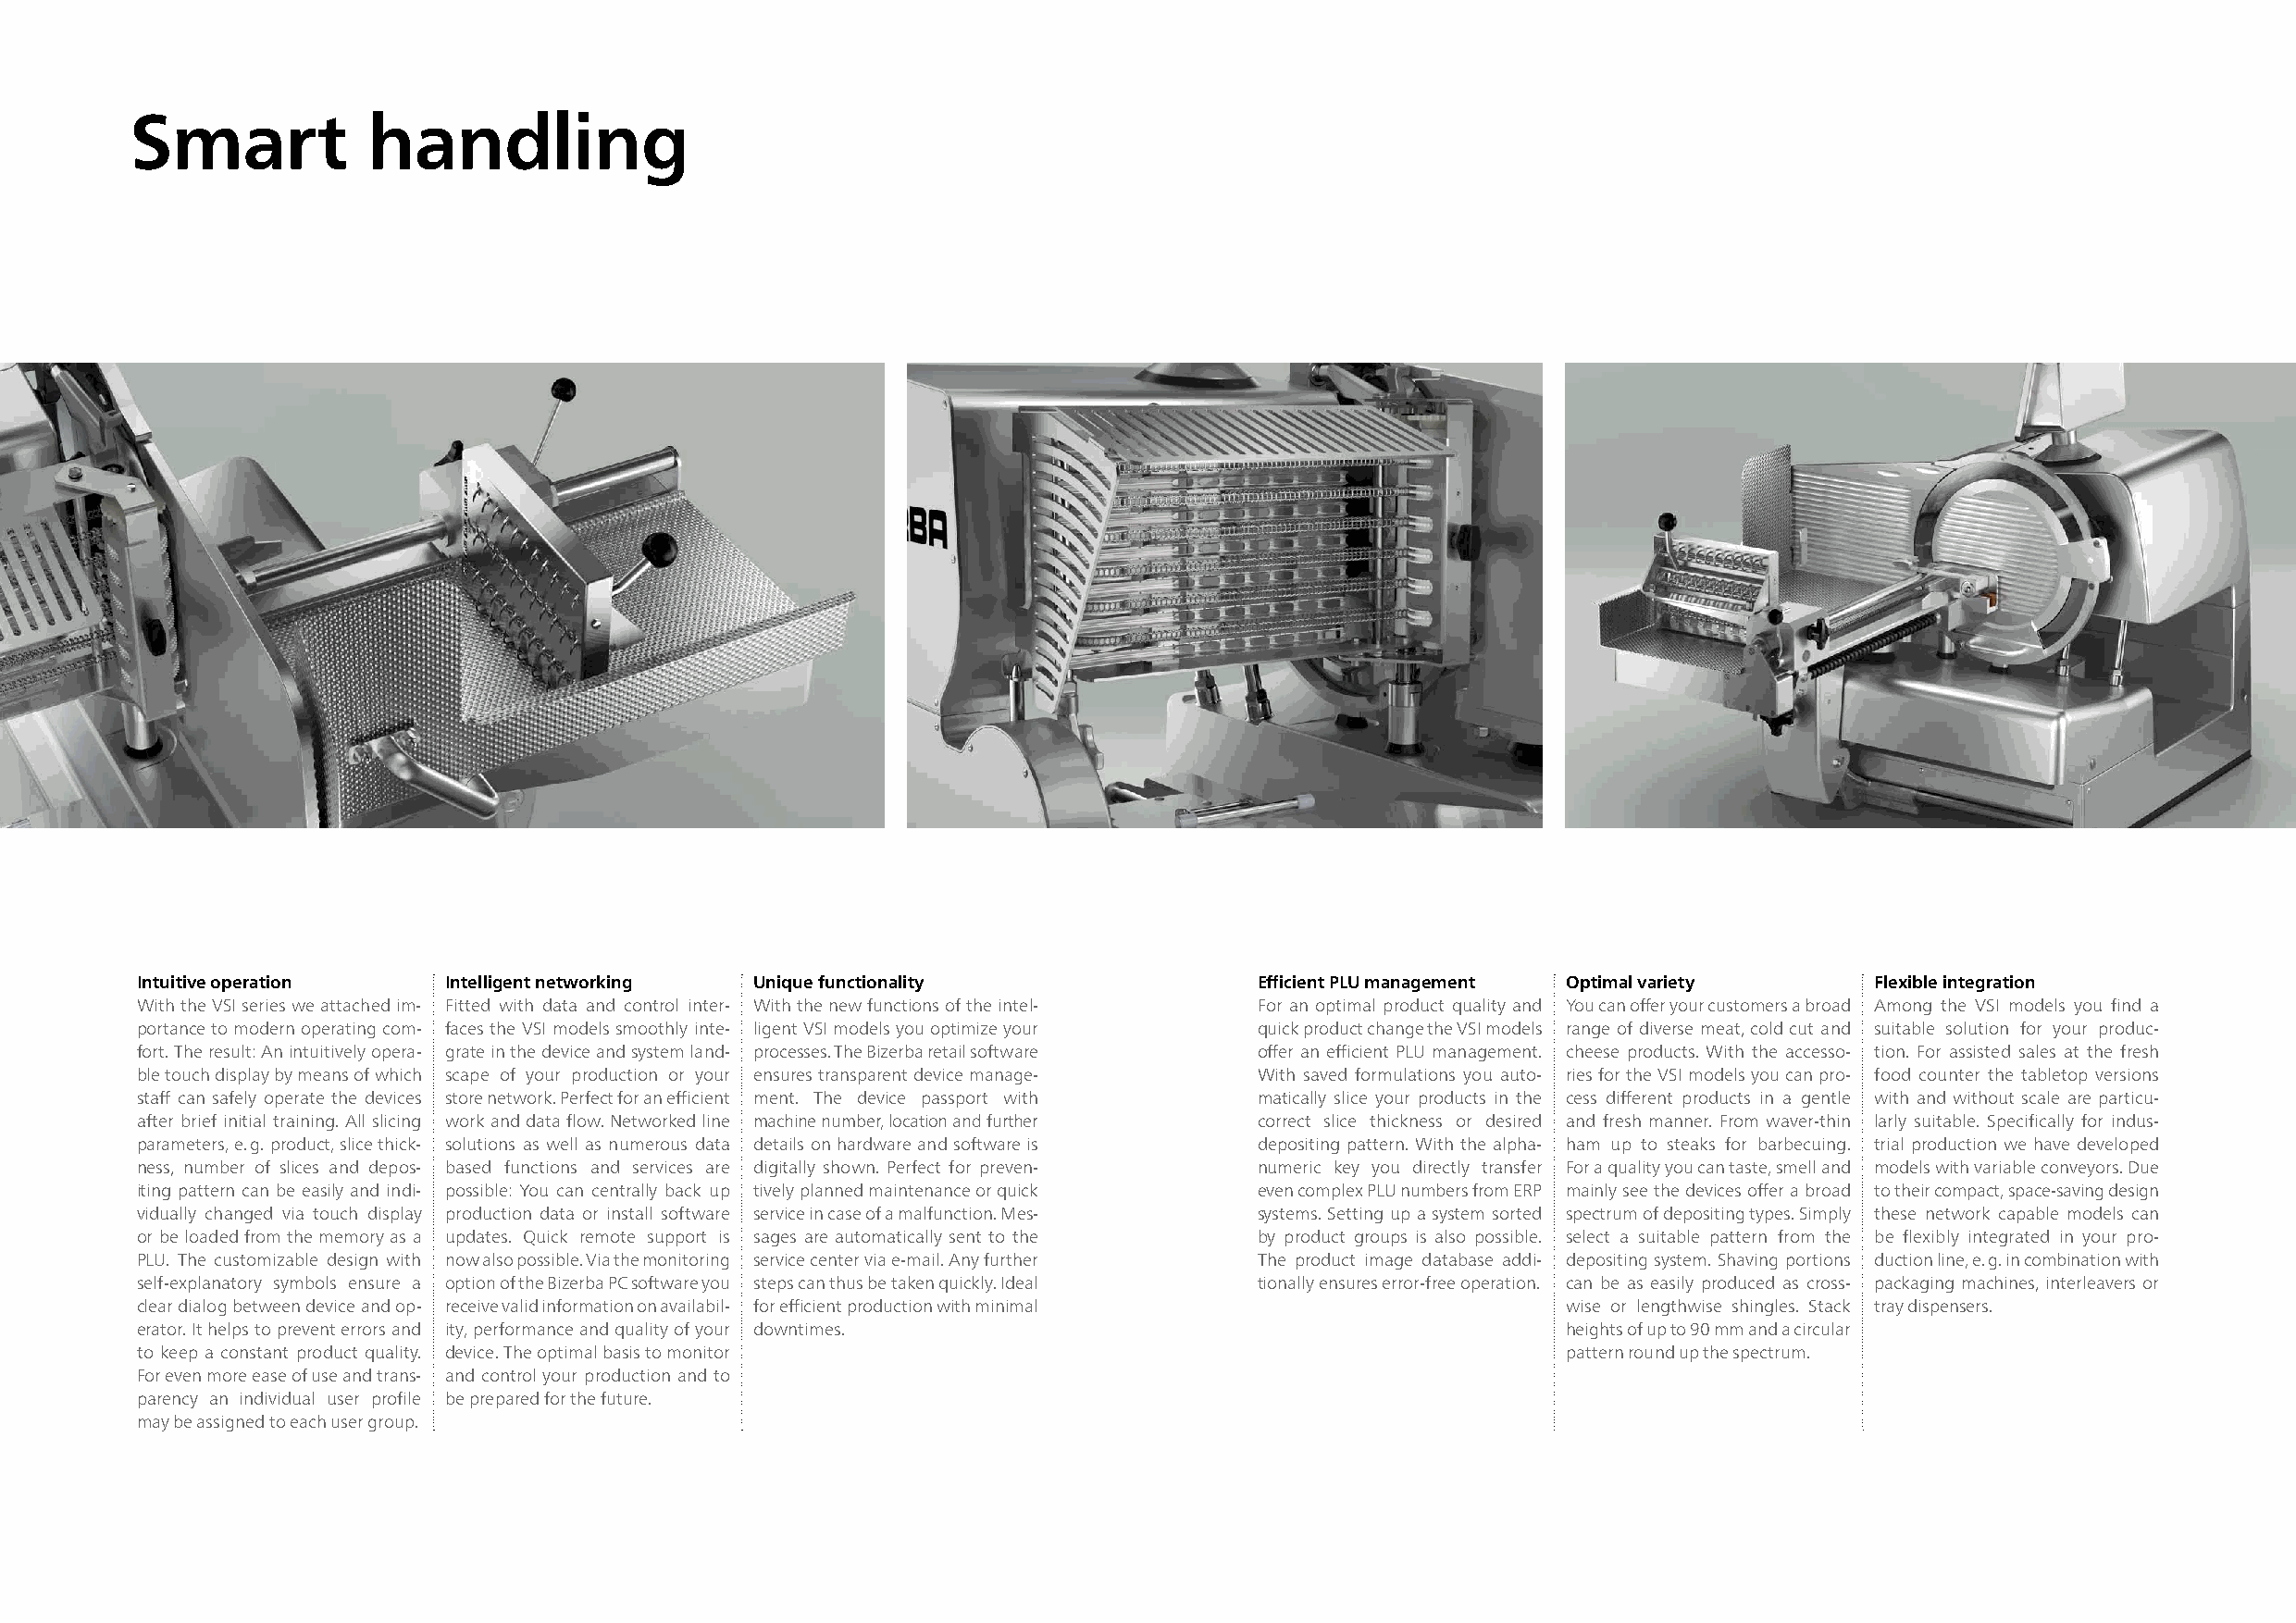
Smart            handling
 Intuitive operation   Intelligent networking Unique functionality               Efficient PLU management Optimal variety    Flexible integration
 With the VSI series we attached im- Fitted with data and control inter- With the new functions of the intel- For an optimal product quality and You can offer your customers a broad Among the VSI models you find a
 portance to modern operating com- faces the VSI models smoothly inte- ligent VSI models you optimize your quick product change the VSI models range of diverse meat, cold cut and suitable solution for your produc-
 fort. The result: An intuitively opera- grate in the device and system land- processes. The Bizerba retail software offer an efficient PLU management. cheese products. With the accesso- tion. For assisted sales at the fresh
 ble touch display by means of which scape of your production or your ensures transparent device manage- With saved formulations you auto- ries for the VSI models you can pro- food counter the tabletop versions
 staff can safely operate the devices store network. Perfect for an efficient ment. The device passport with matically slice your products in the cess different products in a gentle with and without scale are particu-
 after brief initial training. All slicing work and data flow. Networked line machine number, location and further correct slice thickness or desired and fresh manner. From waver-thin larly suitable. Specifically for indus-
 parameters, e. g. product, slice thick- solutions as well as numerous data details on hardware and software is depositing pattern. With the alpha- ham up to steaks for barbecuing. trial production we have developed
 ness, number of slices and depos- based functions and services are digitally shown. Perfect for preven- numeric key you directly transfer For a quality you can taste, smell and models with variable conveyors. Due
 iting pattern can be easily and indi- possible: You can centrally back up tively planned maintenance or quick even complex PLU numbers from ERP mainly see the devices offer a broad to their compact, space-saving design
 vidually changed via touch display production data or install software service in case of a malfunction. Mes- systems. Setting up a system sorted spectrum of depositing types. Simply these network capable models can
 or be loaded from the memory as a updates. Quick remote support is sages are automatically sent to the by product groups is also possible. select a suitable pattern from the be flexibly integrated in your pro-
 PLU. The customizable design with now also possible. Via the monitoring service center via e-mail. Any further The product image database addi- depositing system. Shaving portions duction line, e. g. in combination with
 self-explanatory symbols ensure a option of the Bizerba PC software you steps can thus be taken quickly. Ideal tionally ensures error-free operation. can be as easily produced as cross- packaging machines, interleavers or
 clear dialog between device and op- receive valid information on availabil- for efficient production with minimal wise or lengthwise shingles. Stack tray dispensers.
 erator. It helps to prevent errors and ity, performance and quality of your downtimes.                heights of up to 90 mm and a circular
 to keep a constant product quality. device. The optimal basis to monitor                              pattern round up the spectrum.
 For even more ease of use and trans- and control your production and to
 parency an individual user profile be prepared for the future.
 may be assigned to each user group.